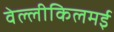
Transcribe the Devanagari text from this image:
वेल्लीकिलमई